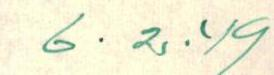
6.2.49